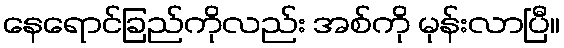
နေရောင်ခြည်ကိုလည်း အစ်ကို မုန်းလာပြီ။